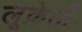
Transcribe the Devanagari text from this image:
लूक्रेती